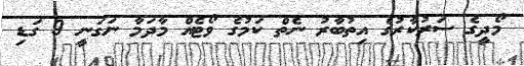
މޯދީގެ ސަރުކާރުގެ އިތުބާރު ނެތް ކަމުގެ ވޯޓެއް މާދަމާ ނަގަނީ 9 ގަޑި